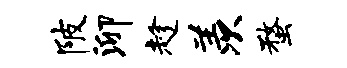
陂泖趁羡蝥